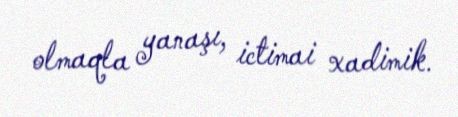
olmaqla yanaşı, ictimai xadimik.